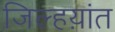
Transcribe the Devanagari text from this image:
जिल्हय़ांत